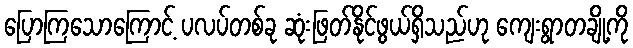
ပြောကြသောကြောင့် ပလပ်တစ်ခု ဆုံးဖြတ်နိုင်ဖွယ်ရှိသည်ဟု ကျေးရွာတချို့ကို